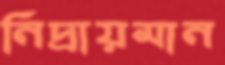
নিদ্রায়মান